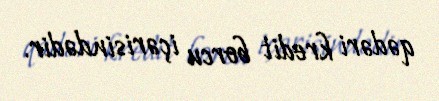
qədəri kredit borcu içərisindədir.